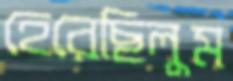
হেরেছিলুম